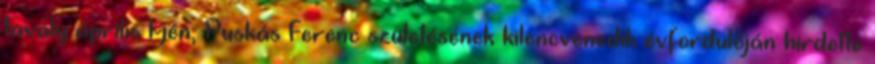
tavaly április 1-jén, Puskás Ferenc születésének kilencvenedik évfordulóján hirdette